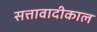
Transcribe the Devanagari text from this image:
सत्तावादीकाल